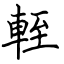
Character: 輊